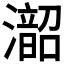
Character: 𪷰